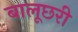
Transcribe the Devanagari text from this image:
बालूछरी